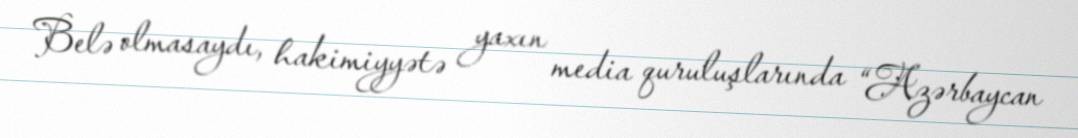
Belə olmasaydı, hakimiyyətə yaxın media quruluşlarında “Azərbaycan